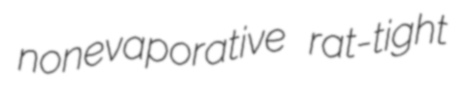
nonevaporative rat-tight